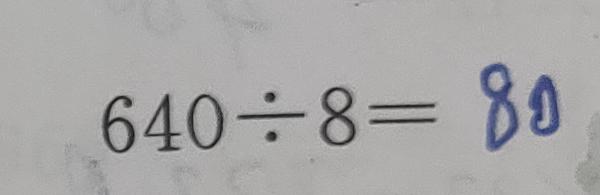
6 4 0 \div 8 = 8 0